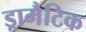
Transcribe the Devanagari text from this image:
ड्रामैटिक